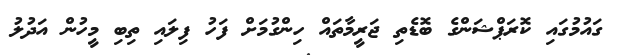
ގައުމުގައި ކޮރަޕްޝަންގެ ބޮޑެތި ޖަރީމާތައް ހިންގުމަށް ފަހު ފިލައި ތިބި މީހުން އަދުލު